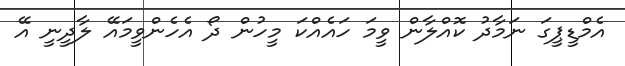
އެމްޑީޕީގަ ނަމާދު ކޮއްލާން ވީމަ ހައެއްކަ މީހުން ދޯ އެހެންވީމައޭ ލާދީނީ އޭ